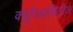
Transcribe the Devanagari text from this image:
क्यूरिआसिटीज